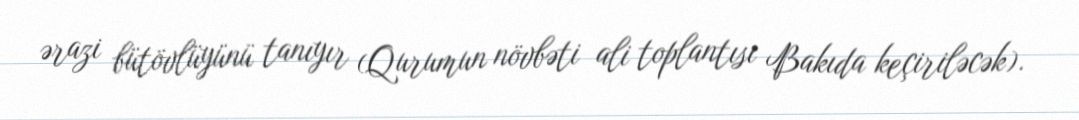
ərazi bütövlüyünü tanıyır (Qurumun növbəti ali toplantısı Bakıda keçiriləcək).